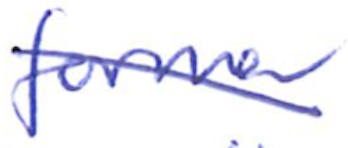
Text: former
Cross-out: diagonal
Writing tool: ballpoint